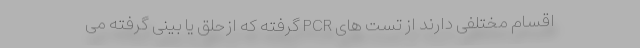
اقسام مختلفی دارند از تست های PCR گرفته که ازحلق یا بینی گرفته می